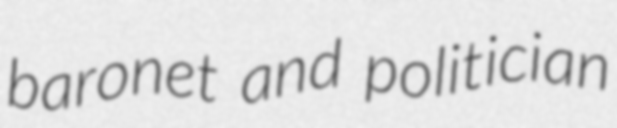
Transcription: baronet and politician